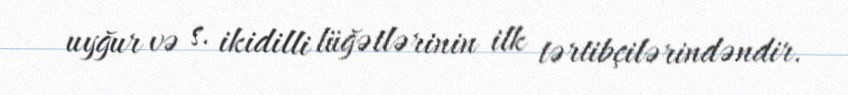
uyğur və s. ikidilli lüğətlərinin ilk tərtibçilərindəndir.